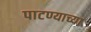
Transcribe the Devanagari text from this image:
पाटण्याच्या